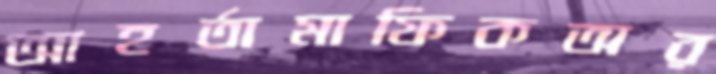
আহর্তামাফিকঅর